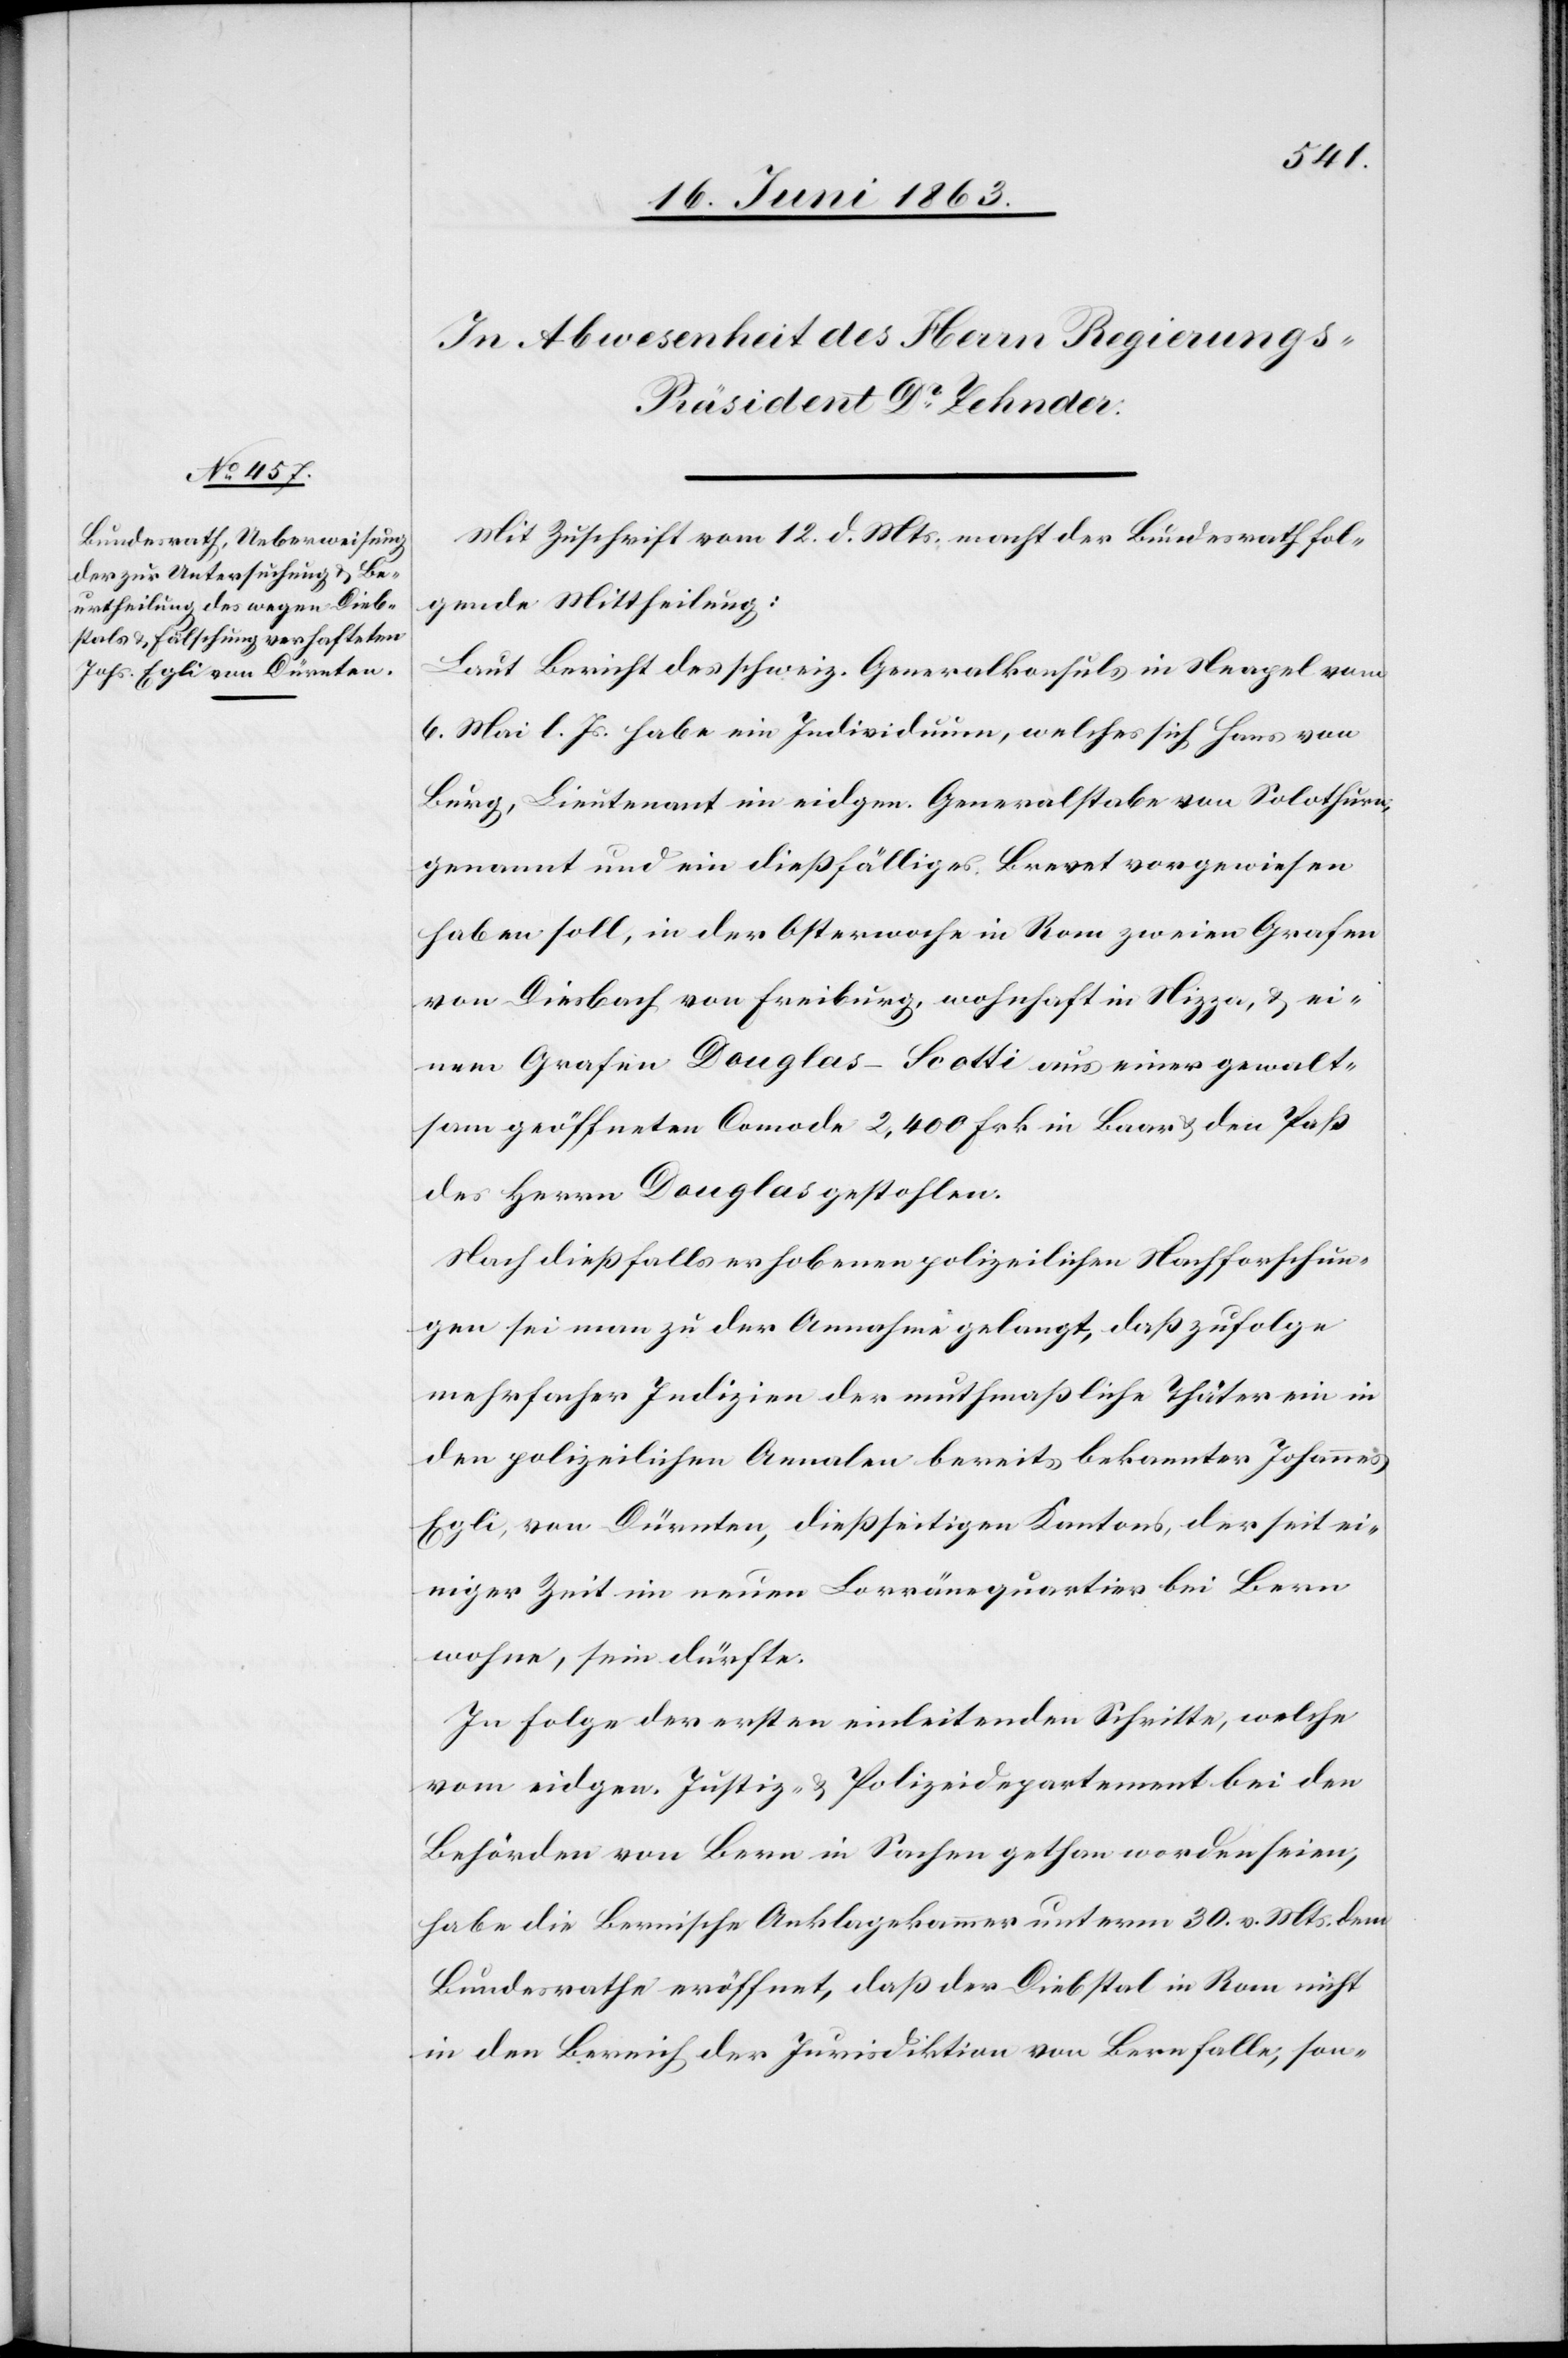
Mit Zuschrift vom 12. d. Mts. macht der Bundesrath fol¬
gende Mittheilung:
Laut Bericht des schweiz. Generalkonsuls in Neapel vom
6. Mai l. Js. habe ein Individuum, welches sich Hans von
Burg, Lieutenant im eidgen. Generalstabe von Solothurn,
genannt und ein dießfälliges Brevet vorgewiesen
haben soll, in der Osterwoche in Rom zweien Grafen
von Diesbach von Freiburg, wohnhaft in Nizza, & ei¬
nem Grafen Douglas-Scotti aus einer gewalt¬
sam geöffneten Comode 2,400 Frk. in Baar & den Paß
des Herrn Douglas gestohlen.
Nach dießfalls erhobenen polizeilichen Nachforschun¬
gen sei man zu der Annahme gelangt, daß zufolge
mehrfacher Indizien der muthmaßliche Thäter ein in
den polizeilichen Annalen bereits bekannter Johannes
Egli, von Dürnten, dießseitigen Kantons, der seit ei¬
niger Zeit im neuen Lorränequartier bei Bern
wohne, sein dürfte.
In Folge der ersten einleitenden Schritte, welche
vom eidgen. Justiz- & Polizeidepartement bei den
Behörden von Bern in Sachen gethan worden seien,
habe die Bernische Anklagekammer unterm 30. v. Mts. dem
Bundesrathe eröffnet, daß der Diebstal in Rom nicht
in den Bereich der Jurisdiktion von Bern falle, son-